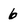
Character: 6